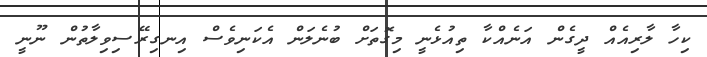
ކިހާ ލާރިއެއް ދީގެން އަނެއްކާ ތިއުޅެނީ މިގޮތަށް ބުނެލަން އެކަނިވެސް އިނގިރޭސިވިލާތުން ނޫނީ